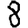
Digit: 8